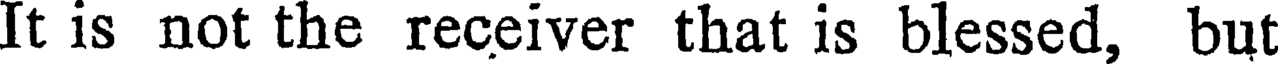
It is not the receiver that is blessed, but